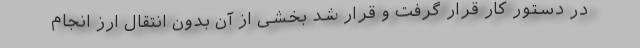
در دستور کار قرار گرفت و قرار شد بخشی از آن بدون انتقال ارز انجام